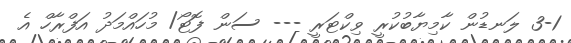
3-1 ލަނޑުން ކާމިޔާބުކުރީ ވިކްޓަރީ --- ސަން ފޮޓޯ/ މުހައްމަދު އަފްރާހް އެ